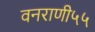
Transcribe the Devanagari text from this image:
वनराणी५५